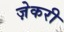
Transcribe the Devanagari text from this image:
ज़ेकरी